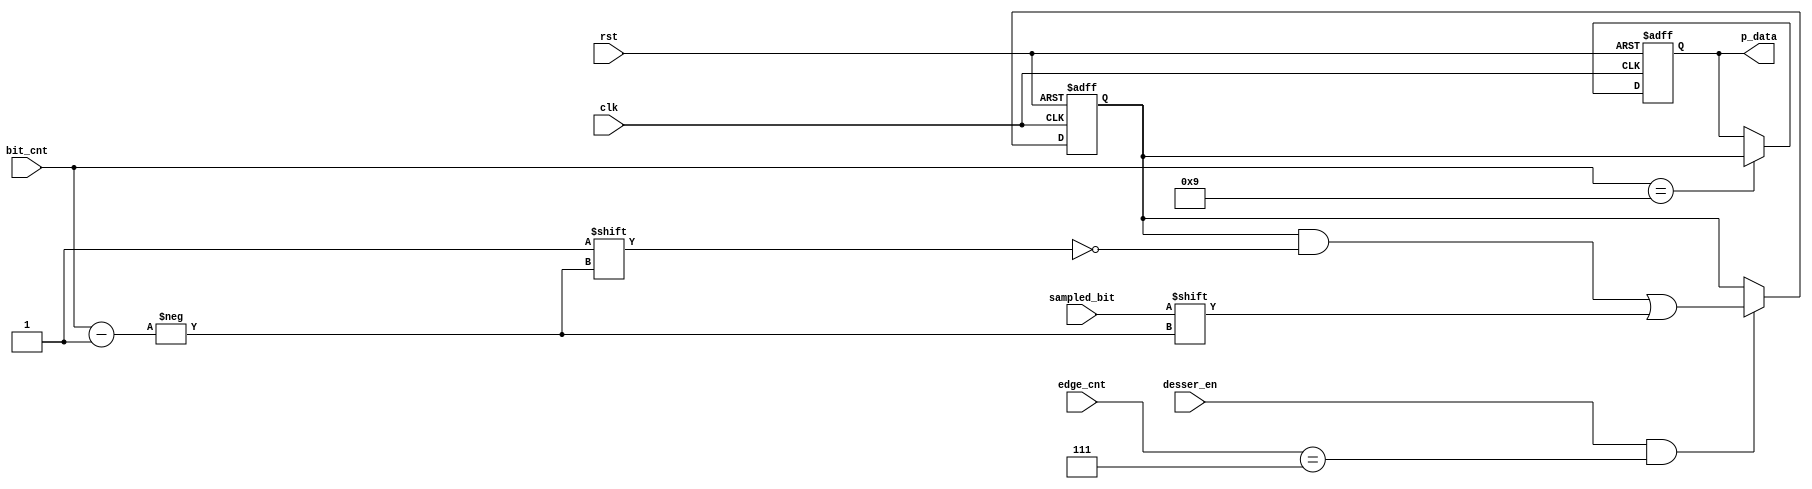
module deserializer (
    input wire        desser_en,
    input wire        clk,
    input wire        rst,
    input wire        sampled_bit,
    input wire  [3:0] bit_cnt,
    input wire  [4:0] edge_cnt,
    output reg [7:0]  p_data
    
);
reg [8:1] mem_reg;
always @(negedge clk , negedge rst)
begin
    if(!rst)
    begin
        mem_reg<=8'b0;
        p_data<=8'b0;
        
    end
    else
    begin
    if(desser_en==1 && edge_cnt == 7)
    begin
        mem_reg[bit_cnt]<=sampled_bit;    //// Memory acsess decoder 
    end
    if (bit_cnt==9)
    begin
    p_data<= mem_reg;
    
    end
    end
end
endmodule